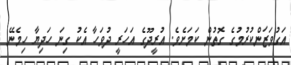
އަގުވަޒަންކުރުމުގެ ގޮތުން ކަމަށެވެ. އުރީދޫގެ އަހަރީ ދުވަހާ އެކު ގިނަ ހަދިޔާ ހިމެނޭ